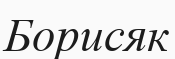
Борисяк